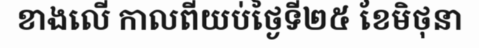
ខាងលើ កាលពីយប់ថ្ងៃទី២៥ ខែមិថុនា